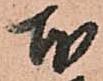
本